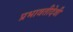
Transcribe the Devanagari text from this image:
प्रभावतीदेवी